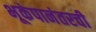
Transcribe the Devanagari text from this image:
भूकंपानंतरची